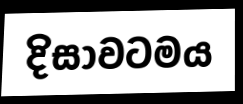
දිසාවටමය